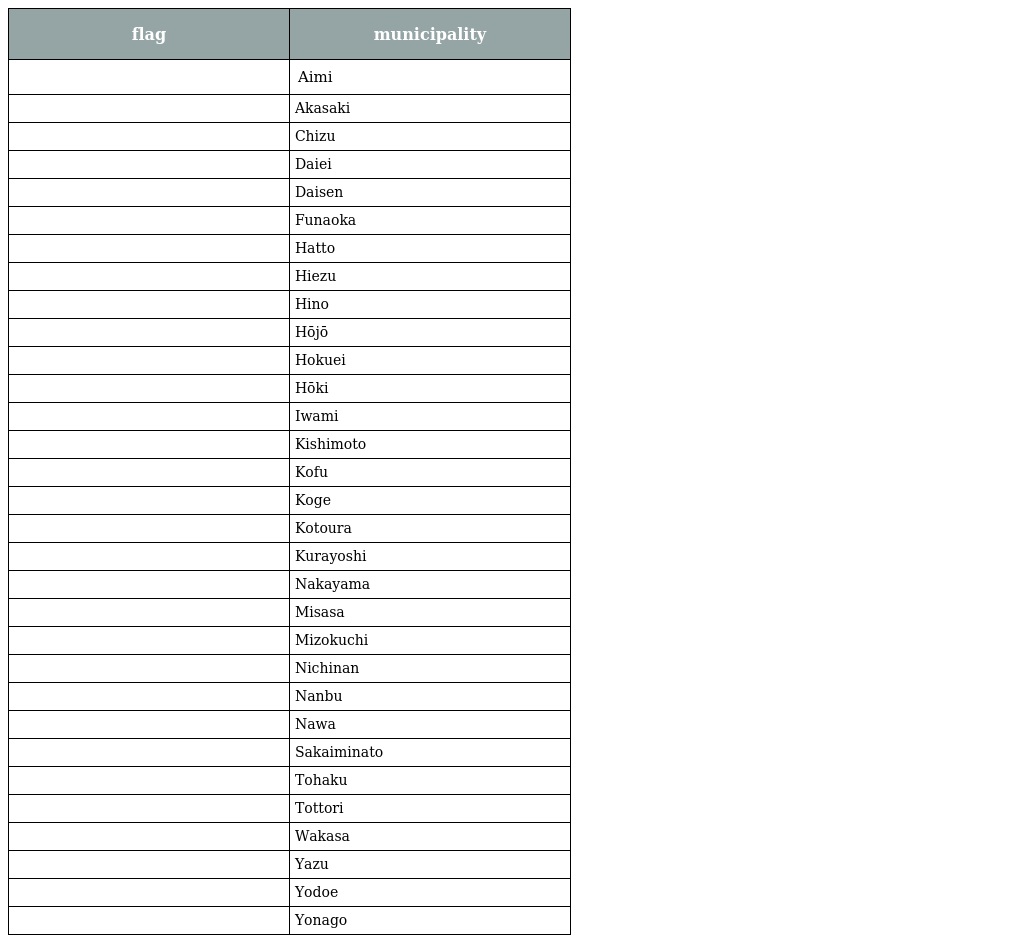
| flag | municipality |
 | --- | --- |
 |  | Aimi |
 |  | Akasaki |
 |  | Chizu |
 |  | Daiei |
 |  | Daisen |
 |  | Funaoka |
 |  | Hatto |
 |  | Hiezu |
 |  | Hino |
 |  | Hōjō |
 |  | Hokuei |
 |  | Hōki |
 |  | Iwami |
 |  | Kishimoto |
 |  | Kofu |
 |  | Koge |
 |  | Kotoura |
 |  | Kurayoshi |
 |  | Nakayama |
 |  | Misasa |
 |  | Mizokuchi |
 |  | Nichinan |
 |  | Nanbu |
 |  | Nawa |
 |  | Sakaiminato |
 |  | Tohaku |
 |  | Tottori |
 |  | Wakasa |
 |  | Yazu |
 |  | Yodoe |
 |  | Yonago |